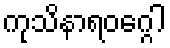
ကုသိနာရဝဂ္ဂေါ